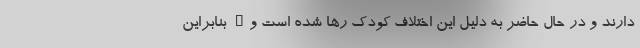
دارند و در حال حاضر به دلیل این اختلاف کودک رها شده است و… بنابراین